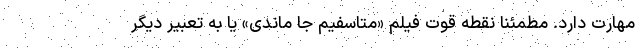
مهارت دارد. مطمئنا نقطه قوت فیلم «متاسفیم جا ماندی» یا به تعبیر دیگر